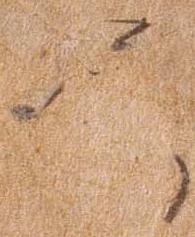
薩